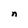
Character: n